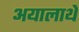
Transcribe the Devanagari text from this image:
अयालाथे